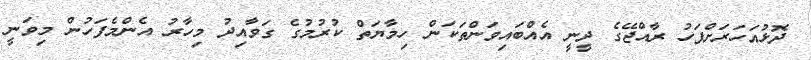
ދޮޅުއަހަރަށްފަހު ރާއްޖޭގެ ދީނީ އެއްބައިވަންތަކަން ހިމާޔަތް ކުރުމުގެ ގަވާއިދު މިހާރު އެންމެފަހުން މިވަނީ